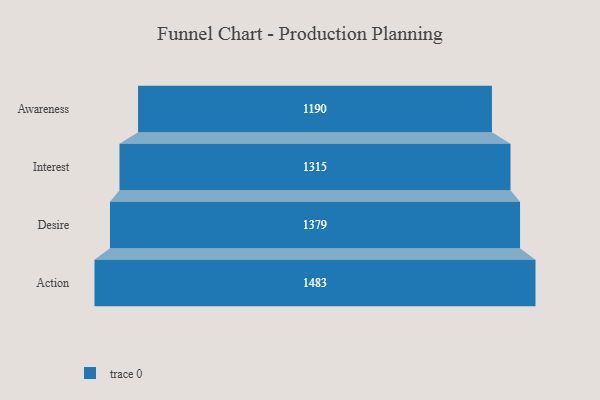
{"axis": {"x": "Stage", "y": "Value"}, "legend": [""], "data": [{"x": "Awareness", "y": 1190.0, "type": ""}, {"x": "Interest", "y": 1315.0, "type": ""}, {"x": "Desire", "y": 1379.0, "type": ""}, {"x": "Action", "y": 1483.0, "type": ""}]}